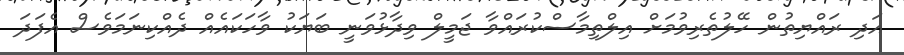
އަދި ރައްޔިތުން ހޭލުތެރިވުމަށް އިލްތިމާސްކުރައްވާ ޖަމީލް ވިދާޅުވަނީ ބަޔަކު ވާހަކައެއް ދެއްކިނަމަވެސް އެފަދަ